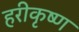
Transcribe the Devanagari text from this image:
हरीकृष्ण